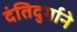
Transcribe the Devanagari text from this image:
दंतिदुर्गाने